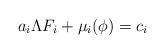
LaTeX: \begin{align*}a_i\Lambda F_i +\mu_i (\phi)=c_i\end{align*}